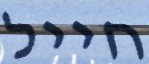
חייל